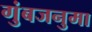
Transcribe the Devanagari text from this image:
गुंबजनुमा